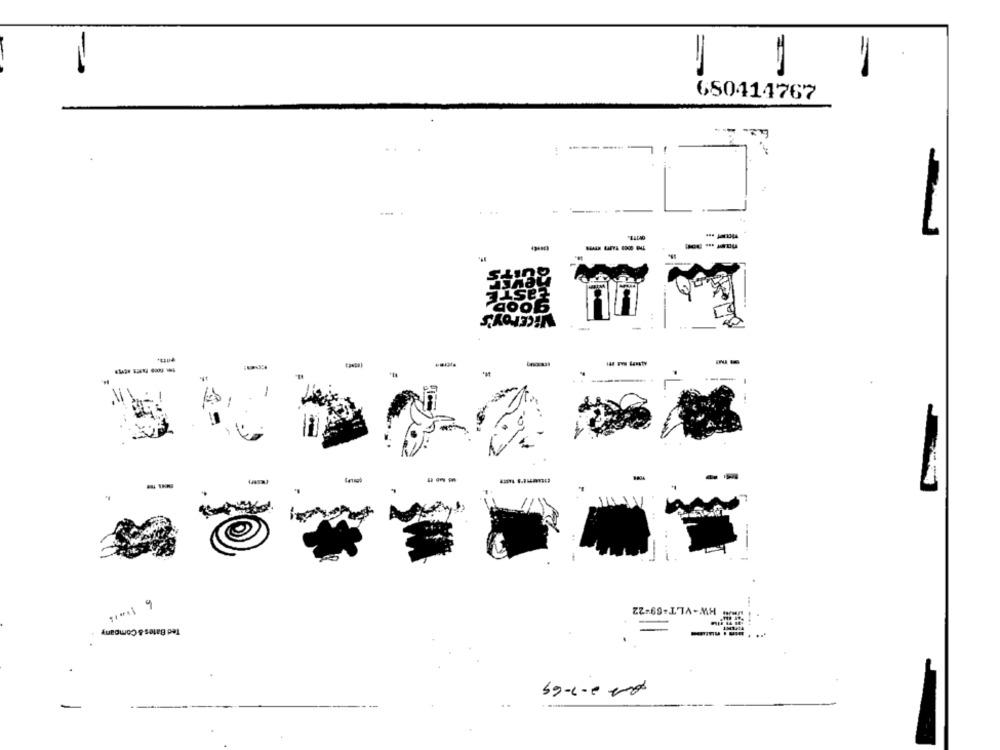
=
680414767
LaSTE
ViCEFOY's
-
HW-VLT-69-22
9
Ted Bates & Company
pas 2- 3-69